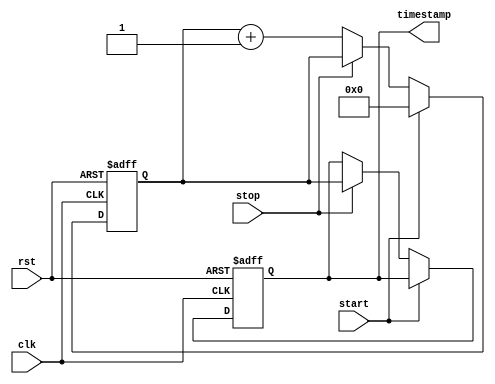
module time_stamp_timer (
    input wire clk,
    input wire rst,
    input wire start,
    input wire stop,
    output reg [31:0] timestamp
);

reg [31:0] counter;

always @ (posedge clk or posedge rst) begin
    if (rst) begin
        counter <= 0;
        timestamp <= 0;
    end else begin
        if (start) begin
            counter <= 0;
        end else if (stop) begin
            timestamp <= counter;
        end else begin
            counter <= counter + 1;
        end
    end
end

endmodule